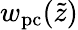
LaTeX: w_{\mathrm{pc}}(\tilde{z})